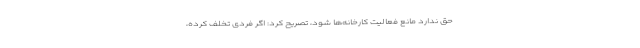
حق ندارد مانع فعالیت کارخانه‌ها شود، تصریح کرد: اگر فردی تخلف کرده،